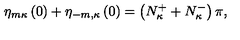
\eta _ { m \kappa } \left( 0 \right) + \eta _ { - m , \kappa } \left( 0 \right) = \left( N _ { \kappa } ^ { + } + N _ { \kappa } ^ { - } \right) \pi ,